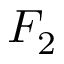
F _ { 2 }